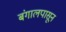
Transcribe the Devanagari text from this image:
बंगालपासून